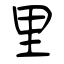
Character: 里